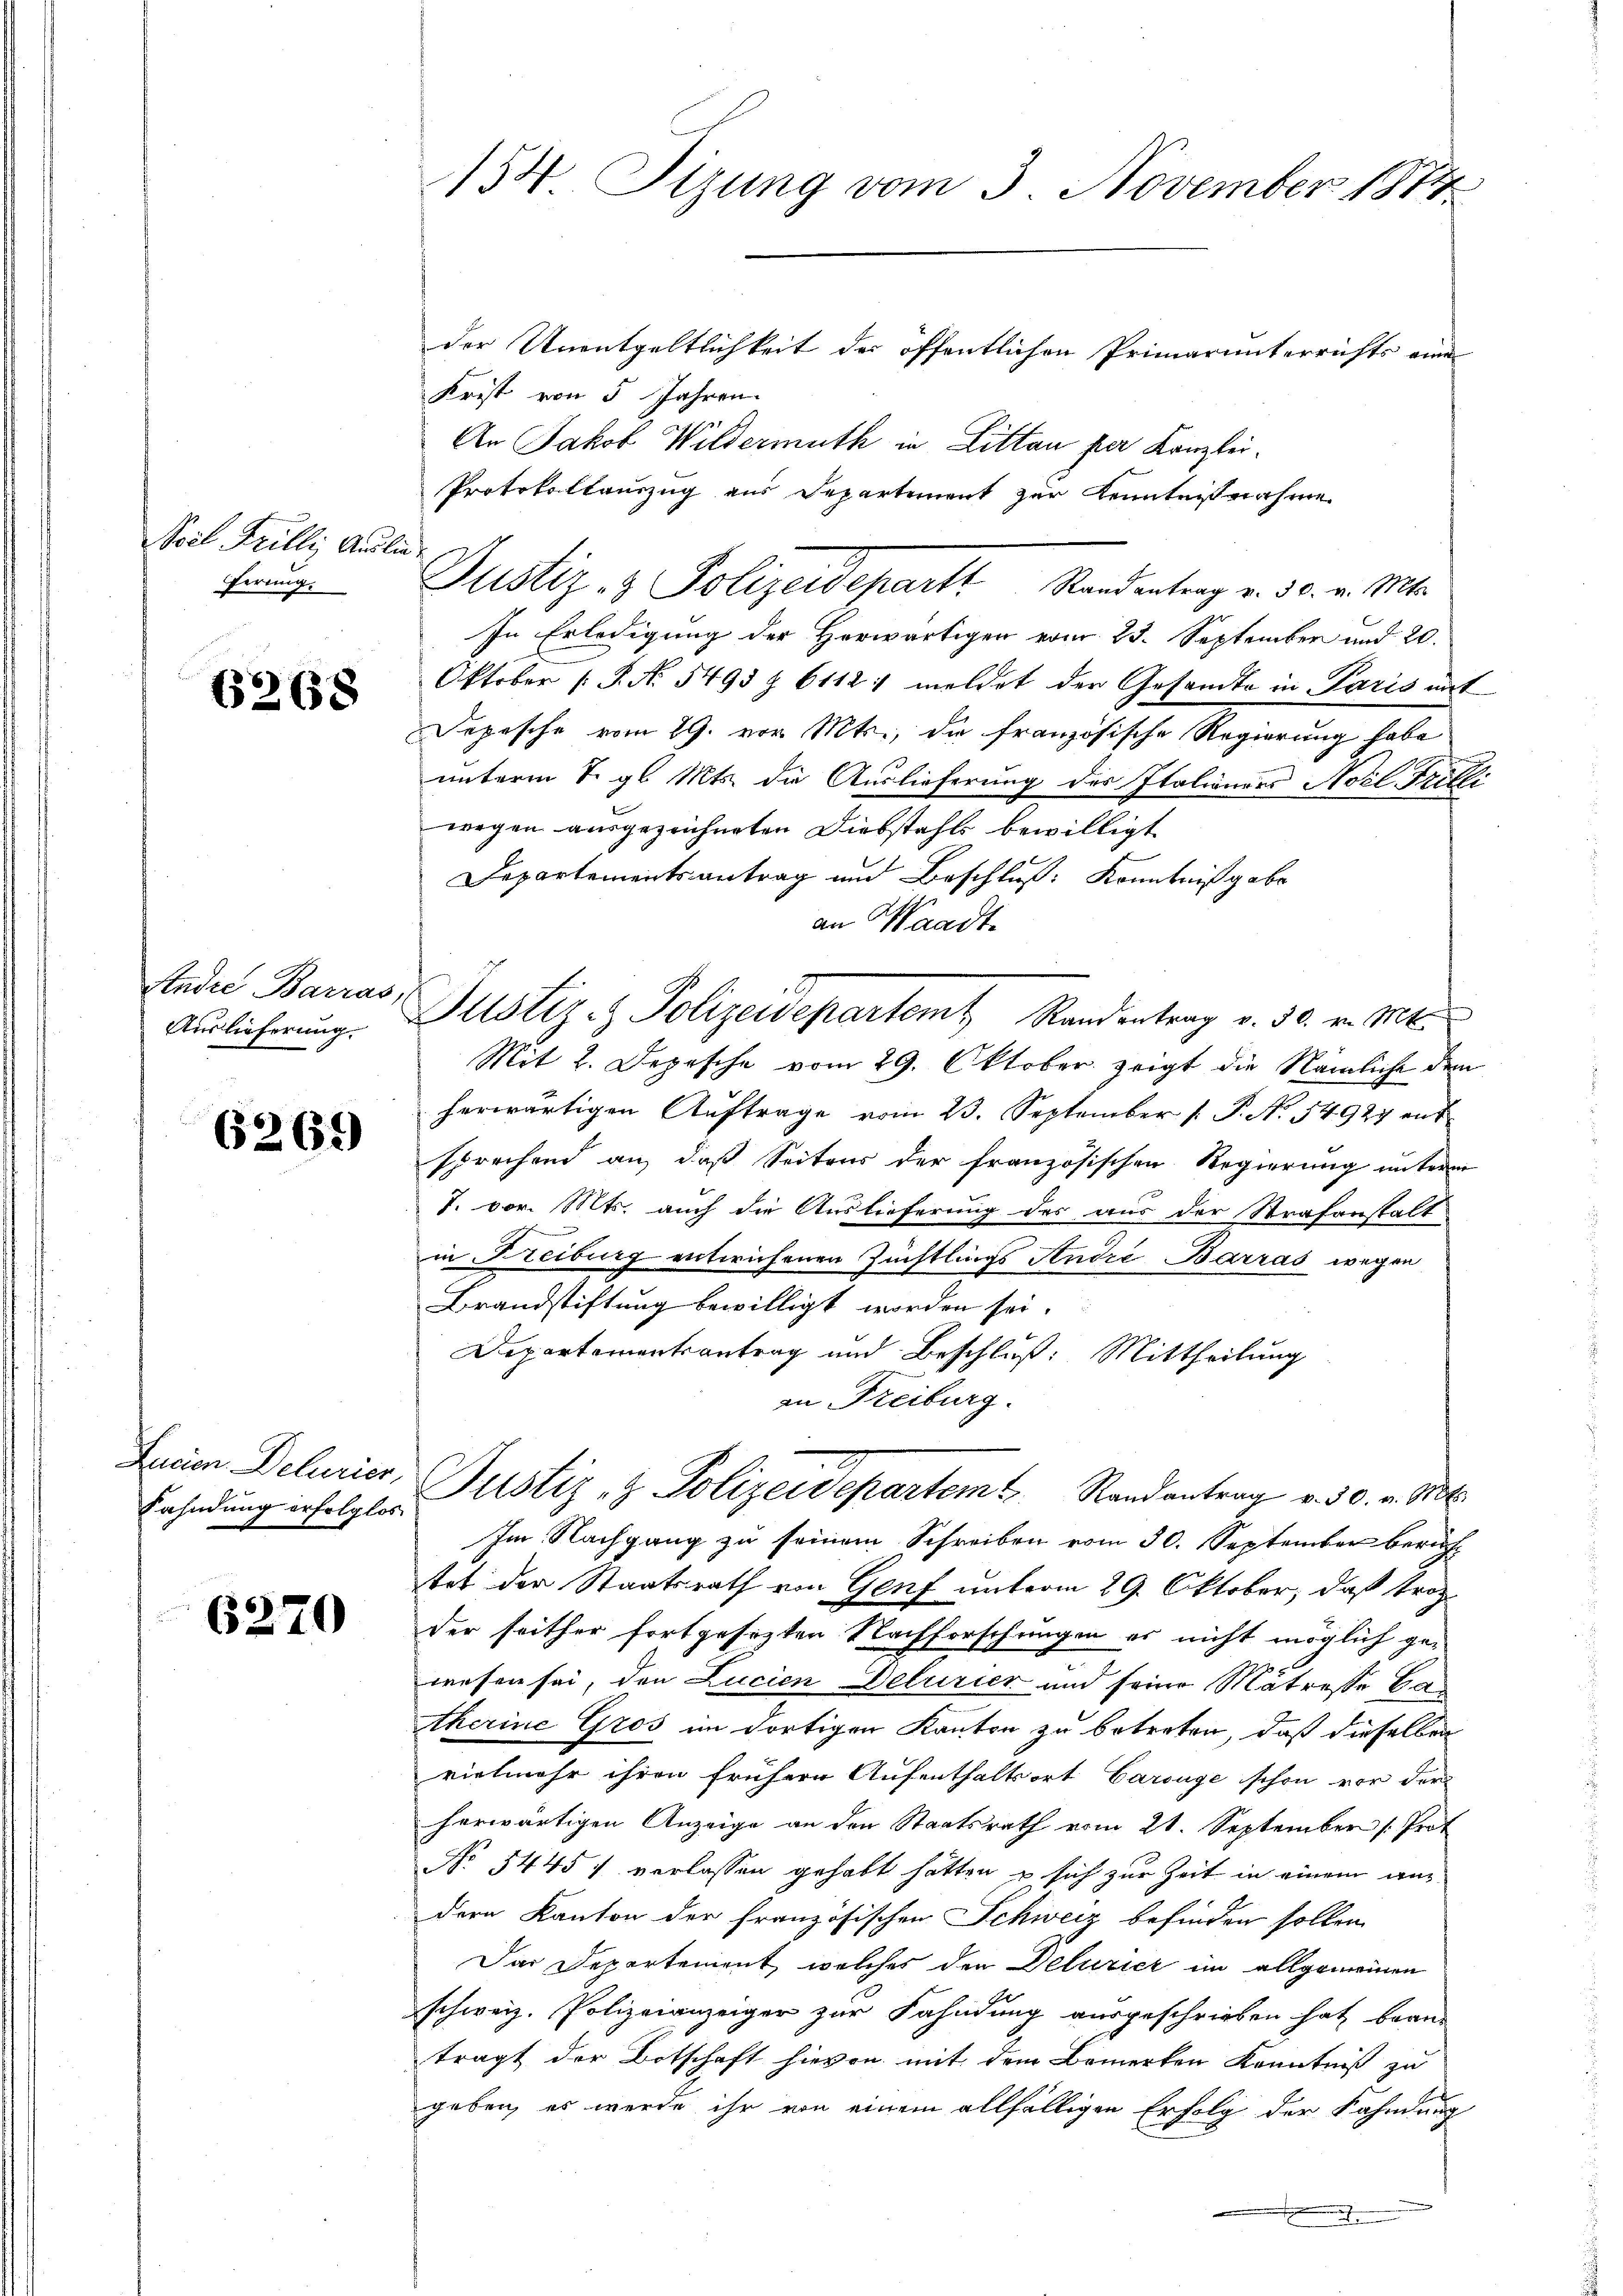
Nel Frilli Ausle
Ferung.

6268

Studie Barras
Auslieferung.

6269

Lucian Delurier,
Fahndung erfolglos

6270

154. Tizung vom 3. November 1874.

der Unentgeltlichkeit der öffentlichen Primarunterrechts eine
Krist von 5 Jahren.
An Jakob Wildermuth in Litten per Kanzlei.
Protokollauszug aus Departement zur Kenntnisnahme
f
In Erledigung der Herwärtigen vom 25. September und 20.
Oktober (S. No. 5493 Z. 61121 meldet der Gesandte in Paris aus
Depesche vom 29. vor. Mts., die französische Regierung habe
unterm 1. gl. Mts. die Auslieferung des Italienges Nozl. Trit
wegen ausgezeichneten Diebstahls bewilligt
Departementsantrag und Beschluß: Konntnißgabe
an Waadt
Justiz- & Polizeidepartem Randantrag v. 30. v. Mt.
Mit 2. Depesche vom 29. Oktober zeigt die Nämliche den
herwärtigen Aŭftrage vom 23. September [ P. N. 54927 ent
sprechend an, daß Seitens der französischen Regierung unterm
7. vor. Mts. auch die Auslieferung des aus der Strafanstalt
in Freiburg entwichenen Züchtlings Andre Barras wegen
Brandstiftung bewilligt worden sei.
Departementsantrag und Beschluß: Mittheilung
an Freiburg.
Justiz- & Polizeidepartem 4. Randantrag v. 30. v. Mts.
Im Nachgang zu seinem Schreiben vom 30. September bericht
tet der Staatsrath von Genf unterm 29. Oktober, daß Proz
der seither fortgesetzten Nachforschungen es nicht möglich gewesen sei, den Lucien Delurier und seine Matresse ba
therine Gros im dortigen Kanton zu betreten, daß dieselben
vielmehr ihren frühere Aufenthaltsort Carouge schon vor der
herwärtigen Anzeige an den Staatsrath vom 21. September (Prot
No 5445 f verlassen gehabt hätten u sich zur Zeit in einem andern Kanton der französischen Schweiz befinden sollen.
Das Departement, welches den Deluzier im allgemeinen
schweiz. Polizeianzeiger zur Fahndung ausgeschrieben hat bean-
trägt der Botschaft hievon mit dem Bemerken Kenntniß zu
geben, es werde ihr von einem allfälligen Erfolg der Fahndung

Justiz- & Polizeidepart. Standentrag v. 30. v. Mts.